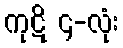
ကုဋိ ၄-လုံး